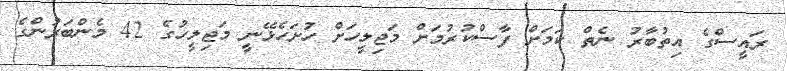
ރައީސްގެ އިތުބާރު ނެތް ކަމަށް ފާސްކުރުމަށް މަޖިލީހަށް ހުށަހެޅޭނީ މަޖިލީހުގެ 42 މެންބަރުންގެ